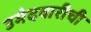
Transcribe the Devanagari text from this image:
उमेदवारीची